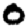
Digit: 0